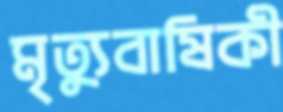
মৃত্যুবাষিকী